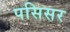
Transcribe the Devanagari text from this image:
पसिसर